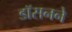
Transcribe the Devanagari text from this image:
डॉसनने